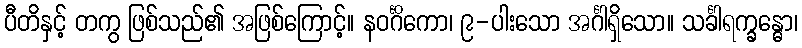
ပီတိနှင့် တကွ ဖြစ်သည်၏ အဖြစ်ကြောင့်။ နဝင်္ဂိကော၊ ၉-ပါးသော အင်္ဂါရှိသော။ သင်္ခါရက္ခန္ဓော၊